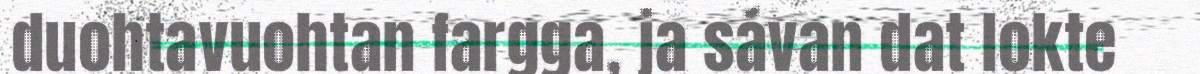
duohtavuohtan fargga, ja sávan dat lokte